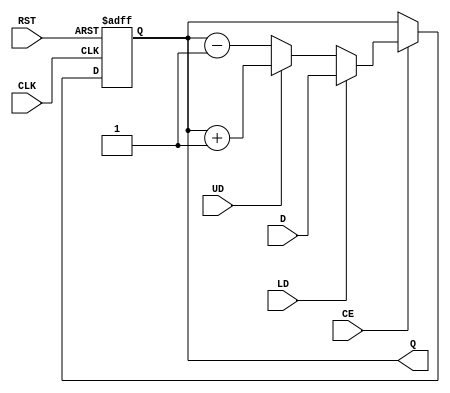
`timescale 1ns / 1ps

module ud_counter#(parameter Data_width = 4)(
input [Data_width-1:0] D,
input CE,LD,UD,
output reg [Data_width-1:0] Q,
input CLK,
input RST
);
always @(posedge CLK ,posedge RST)
begin
  if (RST)Q <= 0;   
  else if(!CE) Q <= Q;
  else if(LD) Q<=D;
  else if(!UD) Q<=Q-1'b1;
  else Q<=Q+1'b1;
end

endmodule